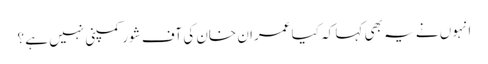
انہوں نے یہ بھی کہا کہ کیا عمران خان کی آف شور کمپنی نہیں ہے ؟